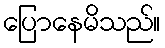
ပြောနေမိသည်။